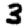
Digit: 3